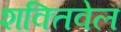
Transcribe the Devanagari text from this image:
शक्तिवेल